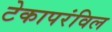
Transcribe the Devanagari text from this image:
टेकापरंविल